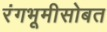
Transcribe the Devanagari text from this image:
रंगभूमीसोबत